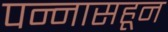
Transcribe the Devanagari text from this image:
पन्‍नासहून